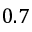
0 . 7